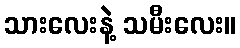
သားလေးနဲ့ သမီးလေး။